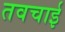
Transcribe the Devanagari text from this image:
तवचाई